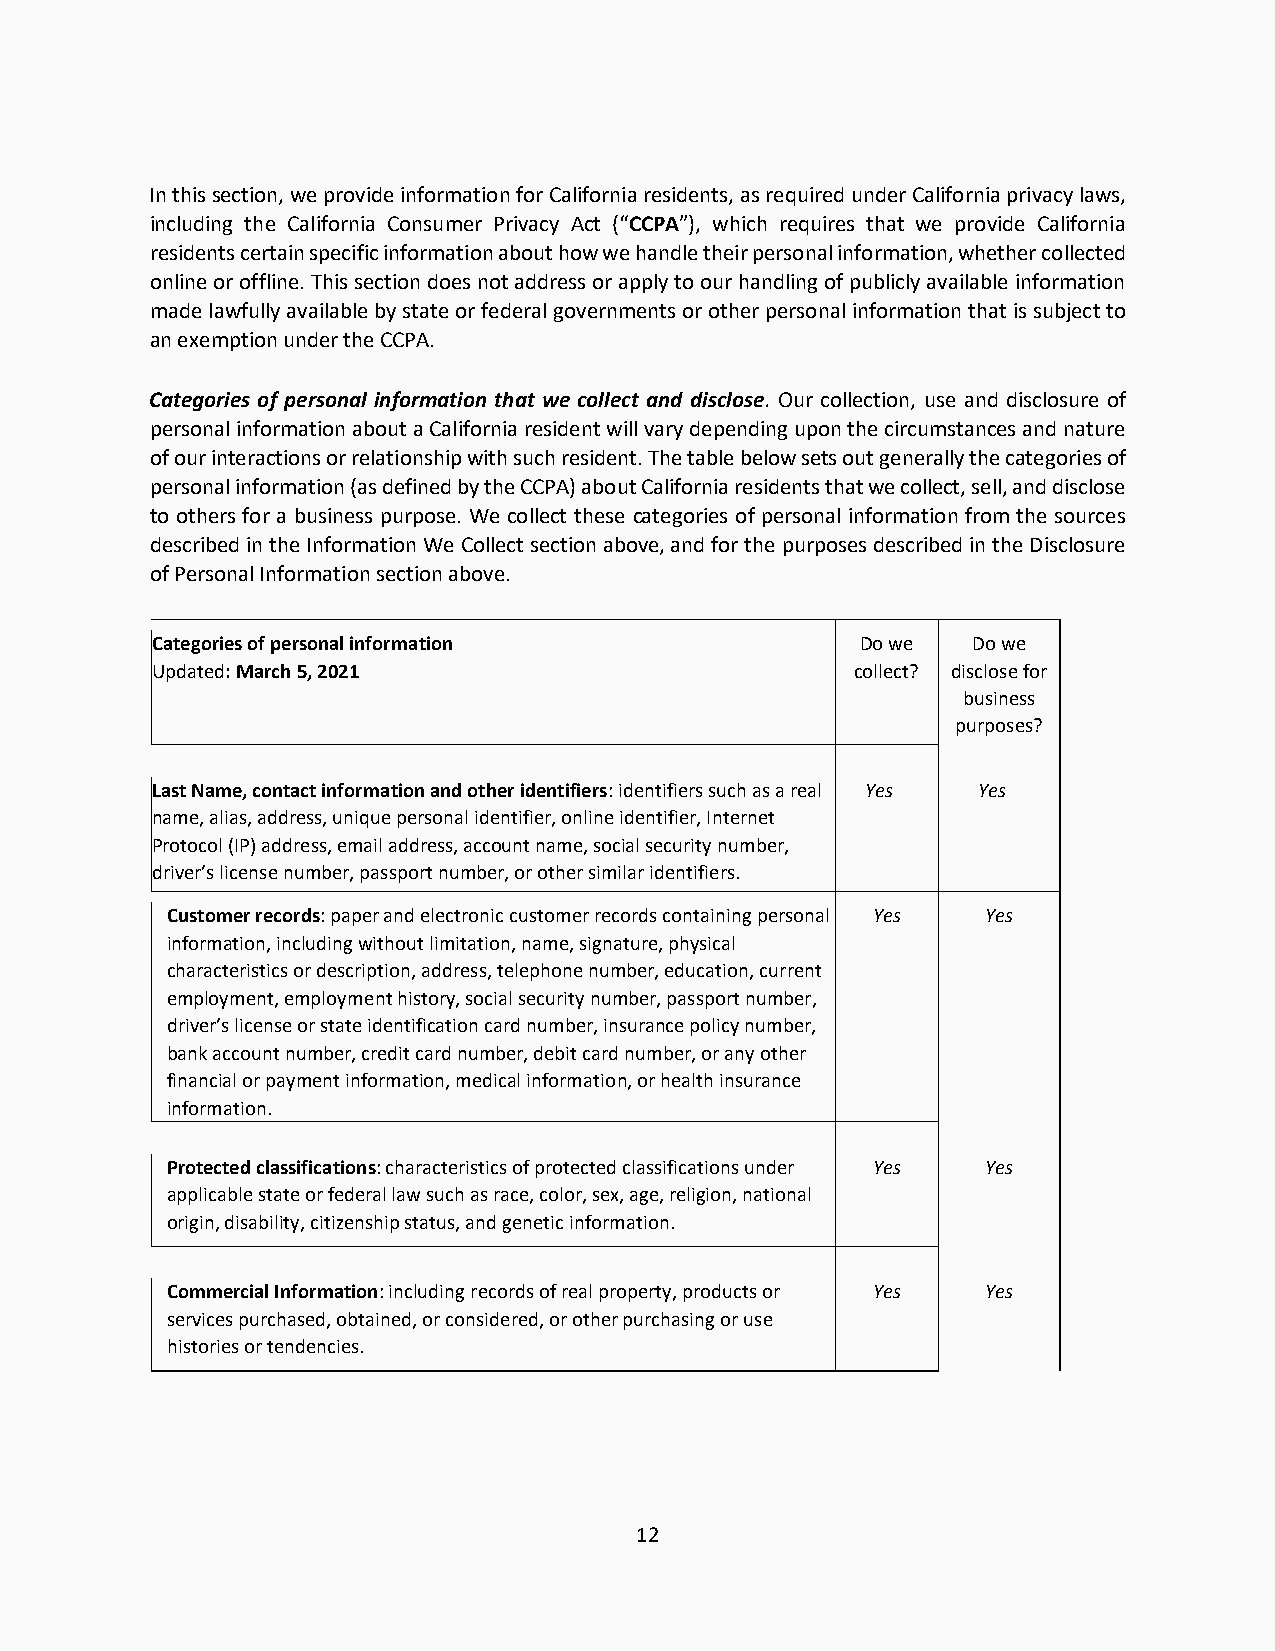
In this section, we provide information for California residents, as required under California privacy laws,
 including the California Consumer Privacy Act (“CCPA”), which requires that we provide California
 residents certain specific information about how we handle their personal information, whether collected
 online or offline. This section does not address or apply to our handling of publicly available information
 made lawfully available by state or federal governments or other personal information that is subject to
 an exemption under the CCPA.
 Categories of personal information that we collect and disclose. Our collection, use and disclosure of
 personal information about a California resident will vary depending upon the circumstances and nature
 of our interactions or relationship with such resident. The table below sets out generally the categories of
 personal information (as defined by the CCPA) about California residents that we collect, sell, and disclose
 to others for a business purpose. We collect these categories of personal information from the sources
 described in the Information We Collect section above, and for the purposes described in the Disclosure
 of Personal Information section above.
 Categories of personal information             Do we  Do we
 Updated: March 5, 2021                         collect? disclose for
 business
 purposes?
 Last Name, contact information and other identifiers: identifiers such as a real Yes Yes
 name, alias, address, unique personal identifier, online identifier, Internet
 Protocol (IP) address, email address, account name, social security number,
 driver’s license number, passport number, or other similar identifiers.
 Customer records: paper and electronic customer records containing personal Yes Yes
 information, including without limitation, name, signature, physical
 characteristics or description, address, telephone number, education, current
 employment, employment history, social security number, passport number,
 driver’s license or state identification card number, insurance policy number,
 bank account number, credit card number, debit card number, or any other
 financial or payment information, medical information, or health insurance
 information.
 Protected classifications: characteristics of protected classifications under Yes Yes
 applicable state or federal law such as race, color, sex, age, religion, national
 origin, disability, citizenship status, and genetic information.
 Commercial Information: including records of real property, products or Yes Yes
 services purchased, obtained, or considered, or other purchasing or use
 histories or tendencies.
 12